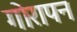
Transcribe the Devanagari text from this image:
गोरापन